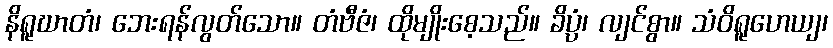
နိရူဃာတံ၊ ဘေးရန်လွတ်သော။ တံဗီဇံ၊ ထိုမျိုးစေ့သည်။ ခိပ္ပံ၊ လျင်စွာ။ သံဝိရူဟေယျ၊